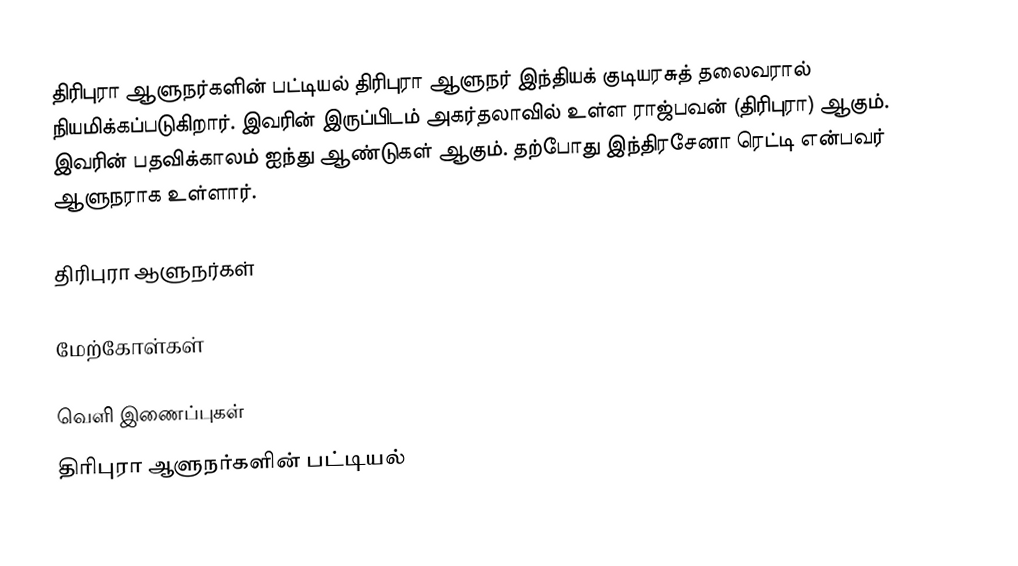
திரிபுரா ஆளுநர்களின் பட்டியல் திரிபுரா ஆளுநர் இந்தியக் குடியரசுத் தலைவரால் நியமிக்கப்படுகிறார். இவரின் இருப்பிடம் அகர்தலாவில் உள்ள ராஜ்பவன் (திரிபுரா) ஆகும். இவரின் பதவிக்காலம் ஐந்து ஆண்டுகள் ஆகும். தற்போது இந்திரசேனா ரெட்டி என்பவர் ஆளுநராக உள்ளார்.

திரிபுரா ஆளுநர்கள்

மேற்கோள்கள்

வெளி இணைப்புகள்
 திரிபுரா ஆளுநர்களின் பட்டியல்